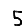
Digit: 5